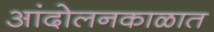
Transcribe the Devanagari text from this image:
आंदोलनकाळात